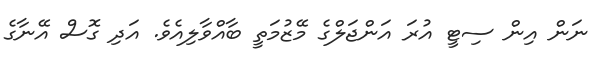
ނަން އިން ސިޓީ އުރަ އަންޖަލްގެ މޭޒުމަތީ ބާއްވާލިއެވެ. އަދި ގޮސް އޭނާގެ